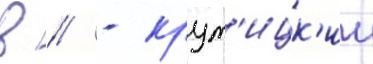
в // - крут'ицк'ии